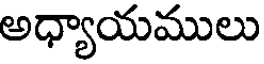
అధ్యాయములు